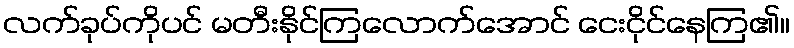
လက်ခုပ်ကိုပင် မတီးနိုင်ကြလောက်အောင် ငေးငိုင်နေကြ၏။